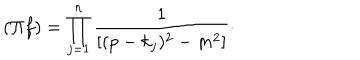
( \Pi f ) = \prod _ { j = 1 } ^ { n } \frac { 1 } { [ ( p - k _ { j } ) ^ { 2 } - m ^ { 2 } ] } \cdot